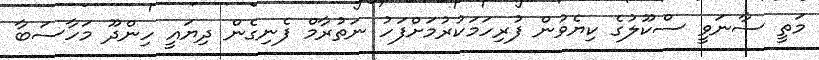
މަތީ ސާނަވީ ސްކޫލުގެ ކިޔެވުން ފުރިހަމަކުރުމަށްފަހު ނަތުރާމް ފެނިގެން ދިޔައީ ހިންދޫ މަހާސަބާ